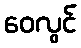
ဝေလွင်